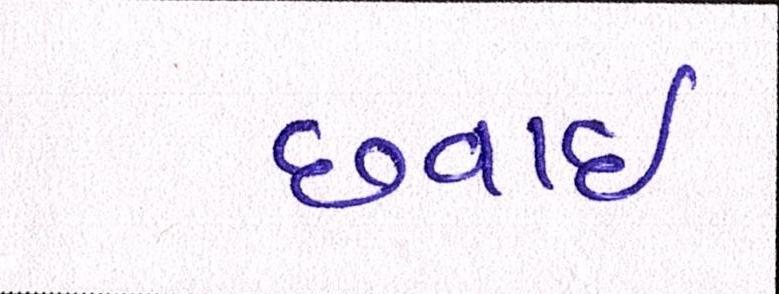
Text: છવાઇ